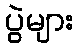
ပွဲများ